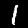
Digit: 1